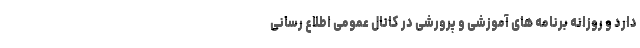
دارد و روزانه برنامه های آموزشی و پرورشی در کانال عمومی اطلاع رسانی